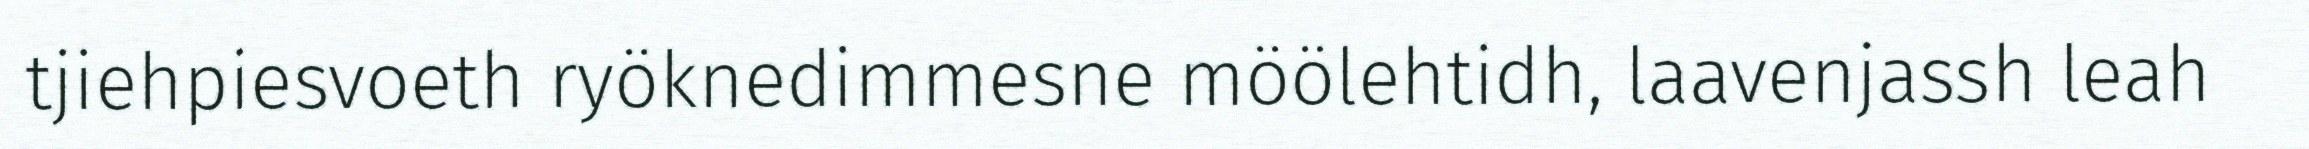
tjiehpiesvoeth ryöknedimmesne möölehtidh, laavenjassh leah